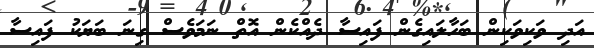
އަދި ވަކިވަކިން ބަހާލައިގެން ފައިސާ ދެއްކެން އޮތް ނަމަވެސް ގިނަ ބަޔަކު ފައިސާ